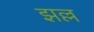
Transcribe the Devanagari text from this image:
झल्ल